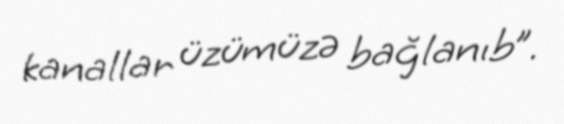
kanallar üzümüzə bağlanıb”.